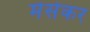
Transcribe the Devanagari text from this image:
मेसेकर